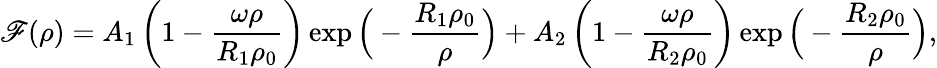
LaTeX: \mathscr{F}(\rho)=A_{1}\left(1-\frac{{\omega\rho}}{{R_{1}\rho_{0}}}\right)\exp\Big(-\frac{{R_{1}\rho_{0}}}{{\rho}}\Big)+A_{2}\left(1-\frac{{\omega\rho}}{{R_{2}\rho_{0}}}\right)\exp\Big(-\frac{{R_{2}\rho_{0}}}{{\rho}}\Big),